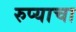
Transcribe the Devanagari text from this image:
रुप्याचा